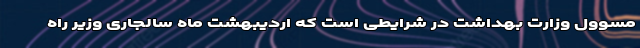
مسوول وزارت بهداشت در شرایطی است که اردیبهشت ماه سالجاری وزیر راه